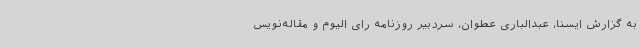
به گزارش ایسنا، عبدالباری عطوان، سردبیر روزنامه رای الیوم و مقاله‌نویس